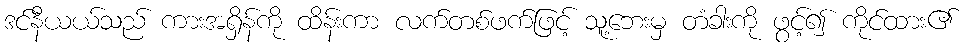
ဒင်နီယယ်သည် ကားအရှိန်ကို ထိန်းကာ လက်တစ်ဖက်ဖြင့် သူ့ဘေးမှ တံခါးကို ဖွင့်၍ ကိုင်ထား၏